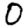
Digit: 0